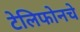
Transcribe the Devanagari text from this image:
टेलिफोनचे